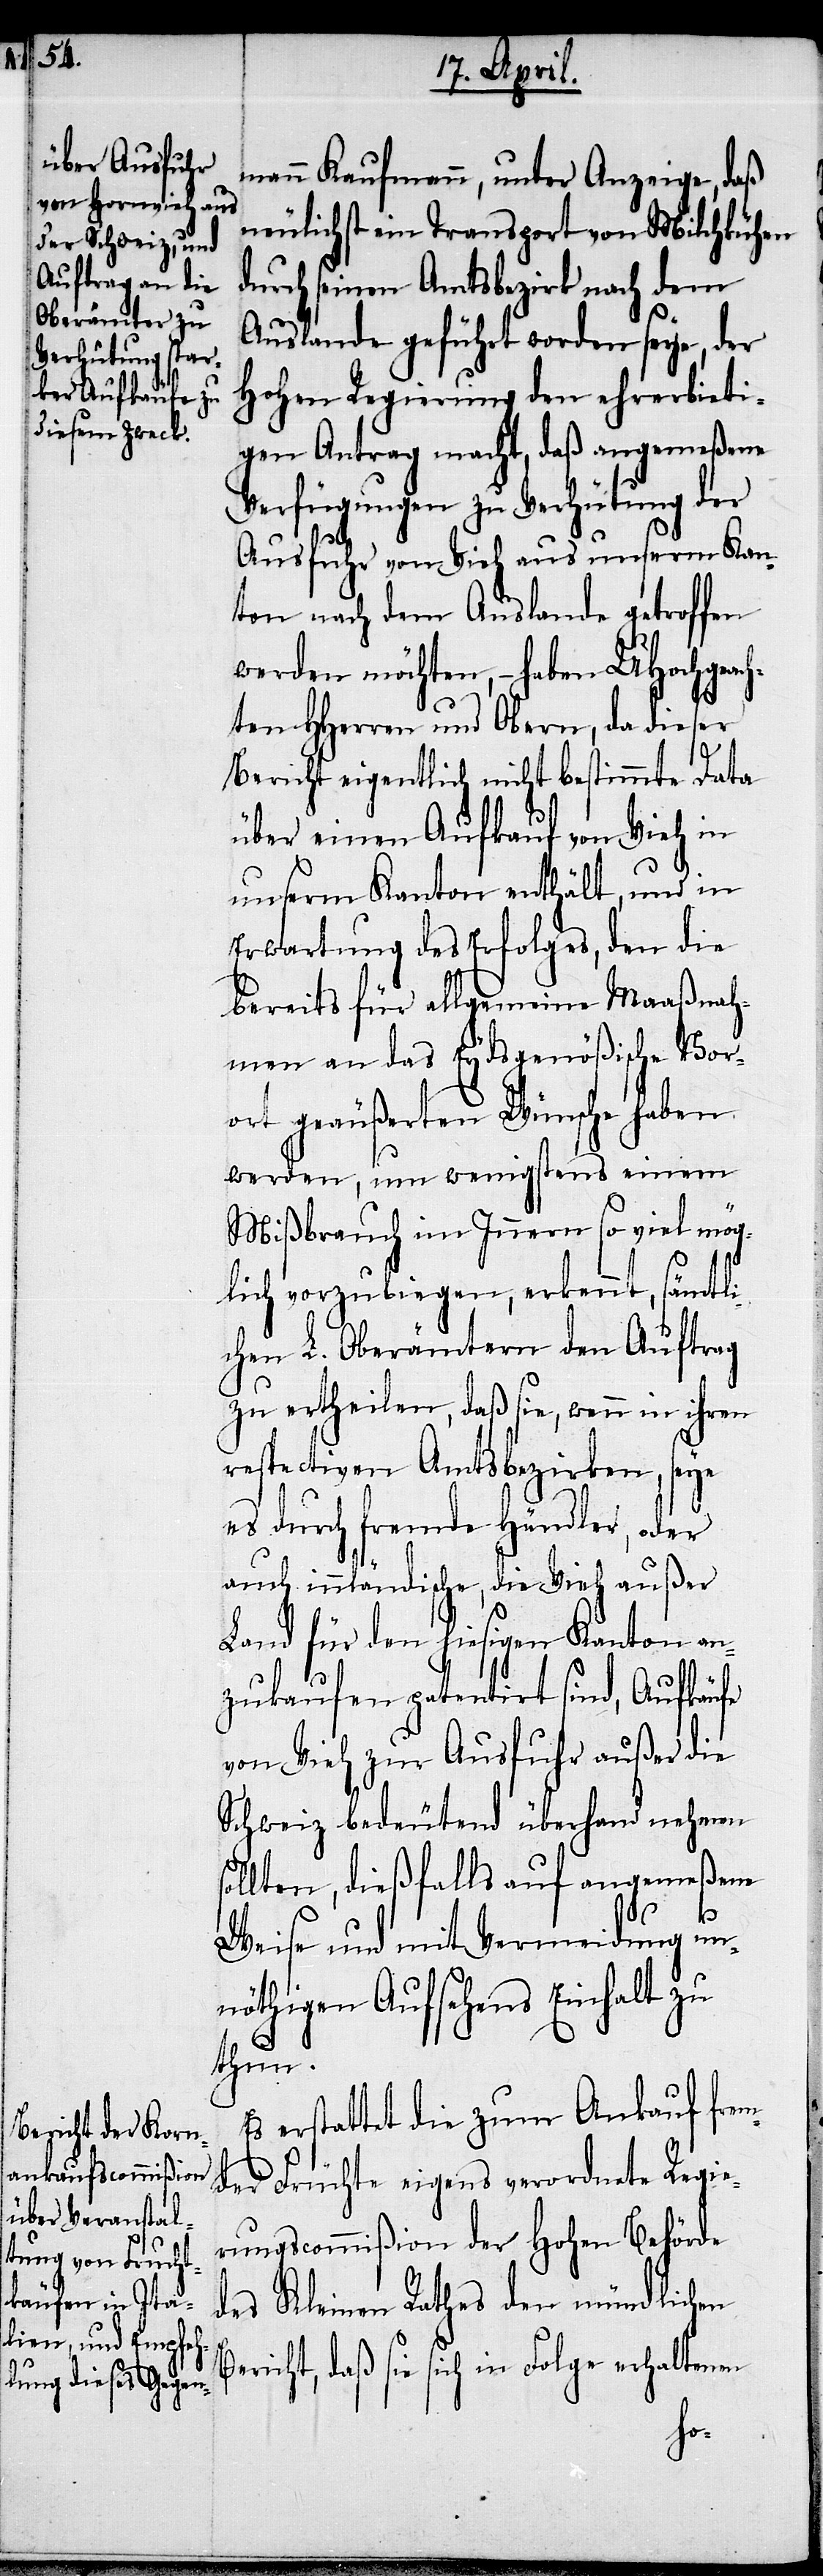
mann Kaufmann, unter Anzeige, daß
neulichst ein Transport von Milchkühen
durch seinen Amtsbezirk nach dem
Auslande geführt worden seye, der
Hohen Regierung den ehrerbieti¬
gen Antrag macht, daß angemeßene
Verfügungen zu Verhütung der
Ausfuhr von Vieh aus unserm Kan¬
ton nach dem Auslande getroffen
werden möchten, – haben UHochgeach¬
ten HHerren und Obern, da dieser
Bericht eigentlich nicht bestimmte Data
über einen Aufkauf von Vieh in
unserm Kanton enthält, und in
Erwartung des Erfolges, den die
bereits für allgemeine Maaßnah¬
men an das Eydsgenößische Vor¬
ort geäußerten Wünsche haben
werden, um wenigstens einem
Mißbrauch im Innern so viel mög¬
lich vorzubiegen, erkennt, sämtli¬
chen L. Oberämtern den Auftrag
zu ertheilen, daß sie, wenn in ihren
respectiven Amtsbezirken, seye
es durch fremde Händler, oder
auch innländische, die Vieh außer
Land für den hiesigen Kanton an¬
zukaufen patentirt sind, Aufkäufe
von Vieh zur Ausfuhr außer die
Schweiz bedeutend überhand nehmen
llten, dießfalls auf angemeßene
B¬
Weise und mit Vermeidung un¬
nöthigen Aufsehens Einhalt zu
thun.
Es erstattet die zum Ankauf frem¬
der Früchte eigens verordnete Regie¬
rungscommißion der Hohen Behörde
des Kleinen Rathes den mündlichen
ericht, daß sie sich in Folge erhaltenen
so¬